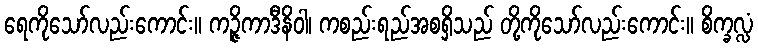
ရေကိုသော်လည်းကောင်း။ ကဉ္ဇိကာဒီနိဝါ၊ ကစည်းရည်အစရှိသည် တို့ကိုသော်လည်းကောင်း။ စိက္ခလ္လံ